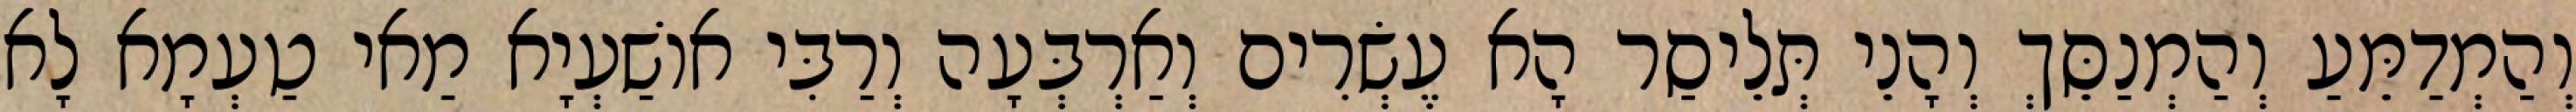
וְהַמְדַמֵּעַ וְהַמְנַסֵּךְ וְהָנֵי תְּלֵיסַר הָא עֶשְׂרִים וְאַרְבְּעָה וְרַבִּי אוֹשַׁעְיָא מַאי טַעְמָא לָא